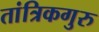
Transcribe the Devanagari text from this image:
तांत्रिकगुरु